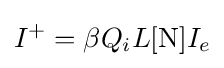
I^{+}=\beta Q_{i}L[{\ce {N}}]I_{e}